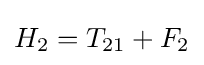
H_{2}=T_{21}+F_{2}